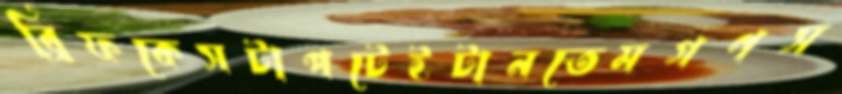
ব্রিফকেসটাপটেইটানতেমগণস